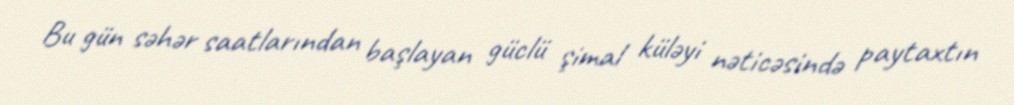
Bu gün səhər saatlarından başlayan güclü şimal küləyi nəticəsində paytaxtın